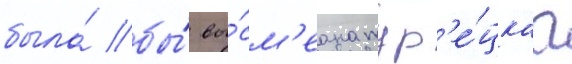
была́ бы́ вы́см'еана тур'е́цкаа